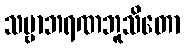
သဗ္ဗာဘရဏဘူသိတော